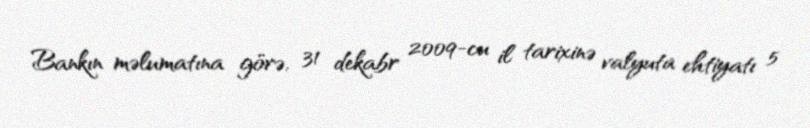
Bankın məlumatına görə, 31 dekabr 2009-cu il tarixinə valyuta ehtiyatı 5